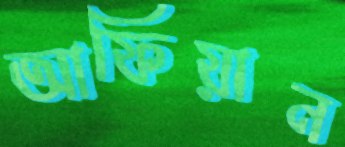
আফিয়ান